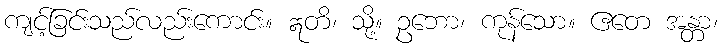
ကျင့်ခြင်းသည်လည်းကောင်း။ ဣတိ၊ သို့။ ဥဘော၊ ကုန်သော။ ဧတေ အန္တာ၊